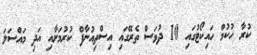
ކުރާ ހުކުމް ހައިކޯޓުގައި 10 ދުވަސް ތެރޭގައި އިސްތިއުނާފް ކުރުމަށާއި އަދި މައްސަލަ